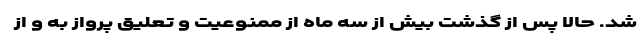
شد. حالا پس از گذشت بیش از سه ماه از ممنوعیت و تعلیق پرواز به و از